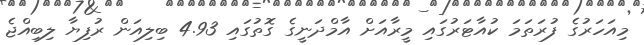
މިއަހަރުގެ ފުރަތަމަ ކުއާޓަރުގައި މީރާއަށް އާމްދަނީގެ ގޮތުގައި 4.93 ބިލިއަން ރުފިޔާ ލިބިއްޖެ